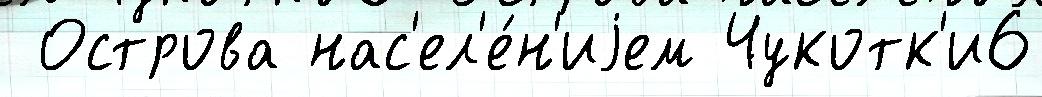
 Острова нас'ел'е́н'иjем Чукотк'и6